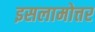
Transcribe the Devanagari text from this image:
इसलामोत्तर